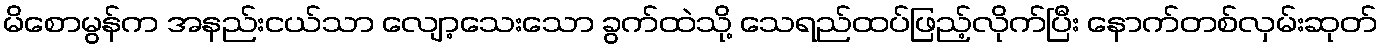
မိစောမွန်က အနည်းငယ်သာ လျော့သေးသော ခွက်ထဲသို့ သေရည်ထပ်ဖြည့်လိုက်ပြီး နောက်တစ်လှမ်းဆုတ်